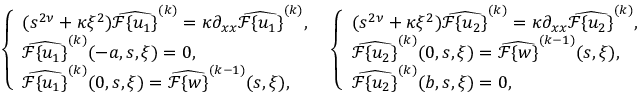
\begin{array} { r c l l } { \left\{ \begin{array} { l l } { ( s ^ { 2 \nu } + \kappa \xi ^ { 2 } ) \widehat { \mathcal { F } \{ u _ { 1 } \} } ^ { ( k ) } = \kappa \partial _ { x x } \widehat { \mathcal { F } \{ u _ { 1 } \} } ^ { ( k ) } , } \\ { \widehat { \mathcal { F } \{ u _ { 1 } \} } ^ { ( k ) } ( - a , s , \xi ) = 0 , } \\ { \widehat { \mathcal { F } \{ u _ { 1 } \} } ^ { ( k ) } ( 0 , s , \xi ) = \widehat { \mathcal { F } \{ w \} } ^ { ( k - 1 ) } ( s , \xi ) , } \end{array} \right. } \end{array} \! \! \begin{array} { r c l l } { \left\{ \begin{array} { l l } { ( s ^ { 2 \nu } + \kappa \xi ^ { 2 } ) \widehat { \mathcal { F } \{ u _ { 2 } \} } ^ { ( k ) } = \kappa \partial _ { x x } \widehat { \mathcal { F } \{ u _ { 2 } \} } ^ { ( k ) } , } \\ { \widehat { \mathcal { F } \{ u _ { 2 } \} } ^ { ( k ) } ( 0 , s , \xi ) = \widehat { \mathcal { F } \{ w \} } ^ { ( k - 1 ) } ( s , \xi ) , } \\ { \widehat { \mathcal { F } \{ u _ { 2 } \} } ^ { ( k ) } ( b , s , \xi ) = 0 , } \end{array} \right. } \end{array}